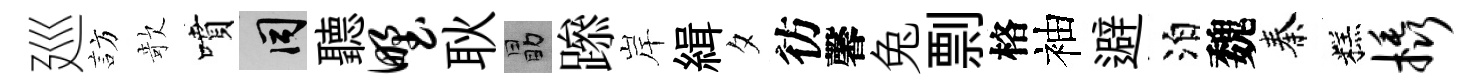
廵訪欹噴间聽野耿勗𨅶岸緝夕彷馨兔剽格袖避泊魏秦糕橇